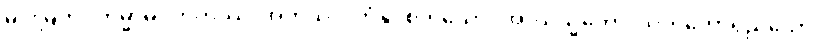
မင်းမြတ်။ ကမ္မာဓိဂ္ဂဟိတဿ၊ အကုသိုလ်ကံနှိပ်စက်သော။ အာယသ္မတော၊ သက်တော်ရှည်သော။